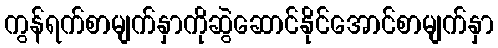
ကွန်ရက်စာမျက်နှာကိုဆွဲဆောင်နိုင်အောင်စာမျက်နှာ